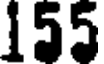
155